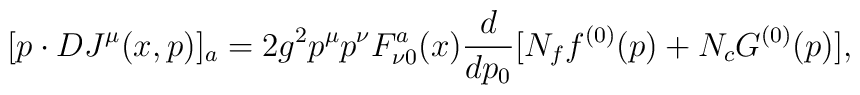
[p\cdot D J^\mu(x,p) ]_a=2g^2p^\mu p^\nu F_{\nu 0}^a(x){d\over dp_0}[N_f f^{(0)}(p)+N_c G^{(0)}(p)],